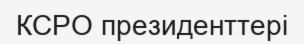
КСРО президенттері